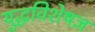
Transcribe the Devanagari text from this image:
युद्धविशेषज्ञ